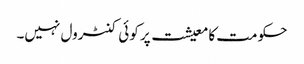
حکومت کا معیشت پر کوئی کنٹرول نہیں۔